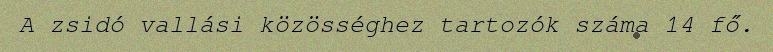
A zsidó vallási közösséghez tartozók száma 14 fő.